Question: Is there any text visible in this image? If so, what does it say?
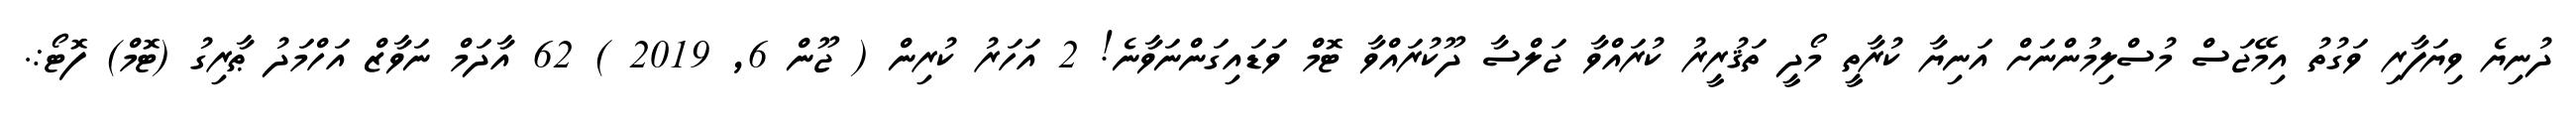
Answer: ދުނިޔެ ވިޔަފާރި ވަގުތު އިމޭޖަސް މުސްލިމުންނަށް އަނިޔާ ކުރާތީ މޯދީ ތަޤުރީރު ކުރައްވާ ޖަލްސާ ދޫކުރައްވާ ޓޮމް ވަޑައިގަންނަވާނެ! 2 އަހަރު ކުރިން ( ޖޫން 6, 2019 ) 62 އާދަމް ނަވާޒް އަހްމަދު ޠާރިގު (ޓޮމް) ފޮޓޯ:.